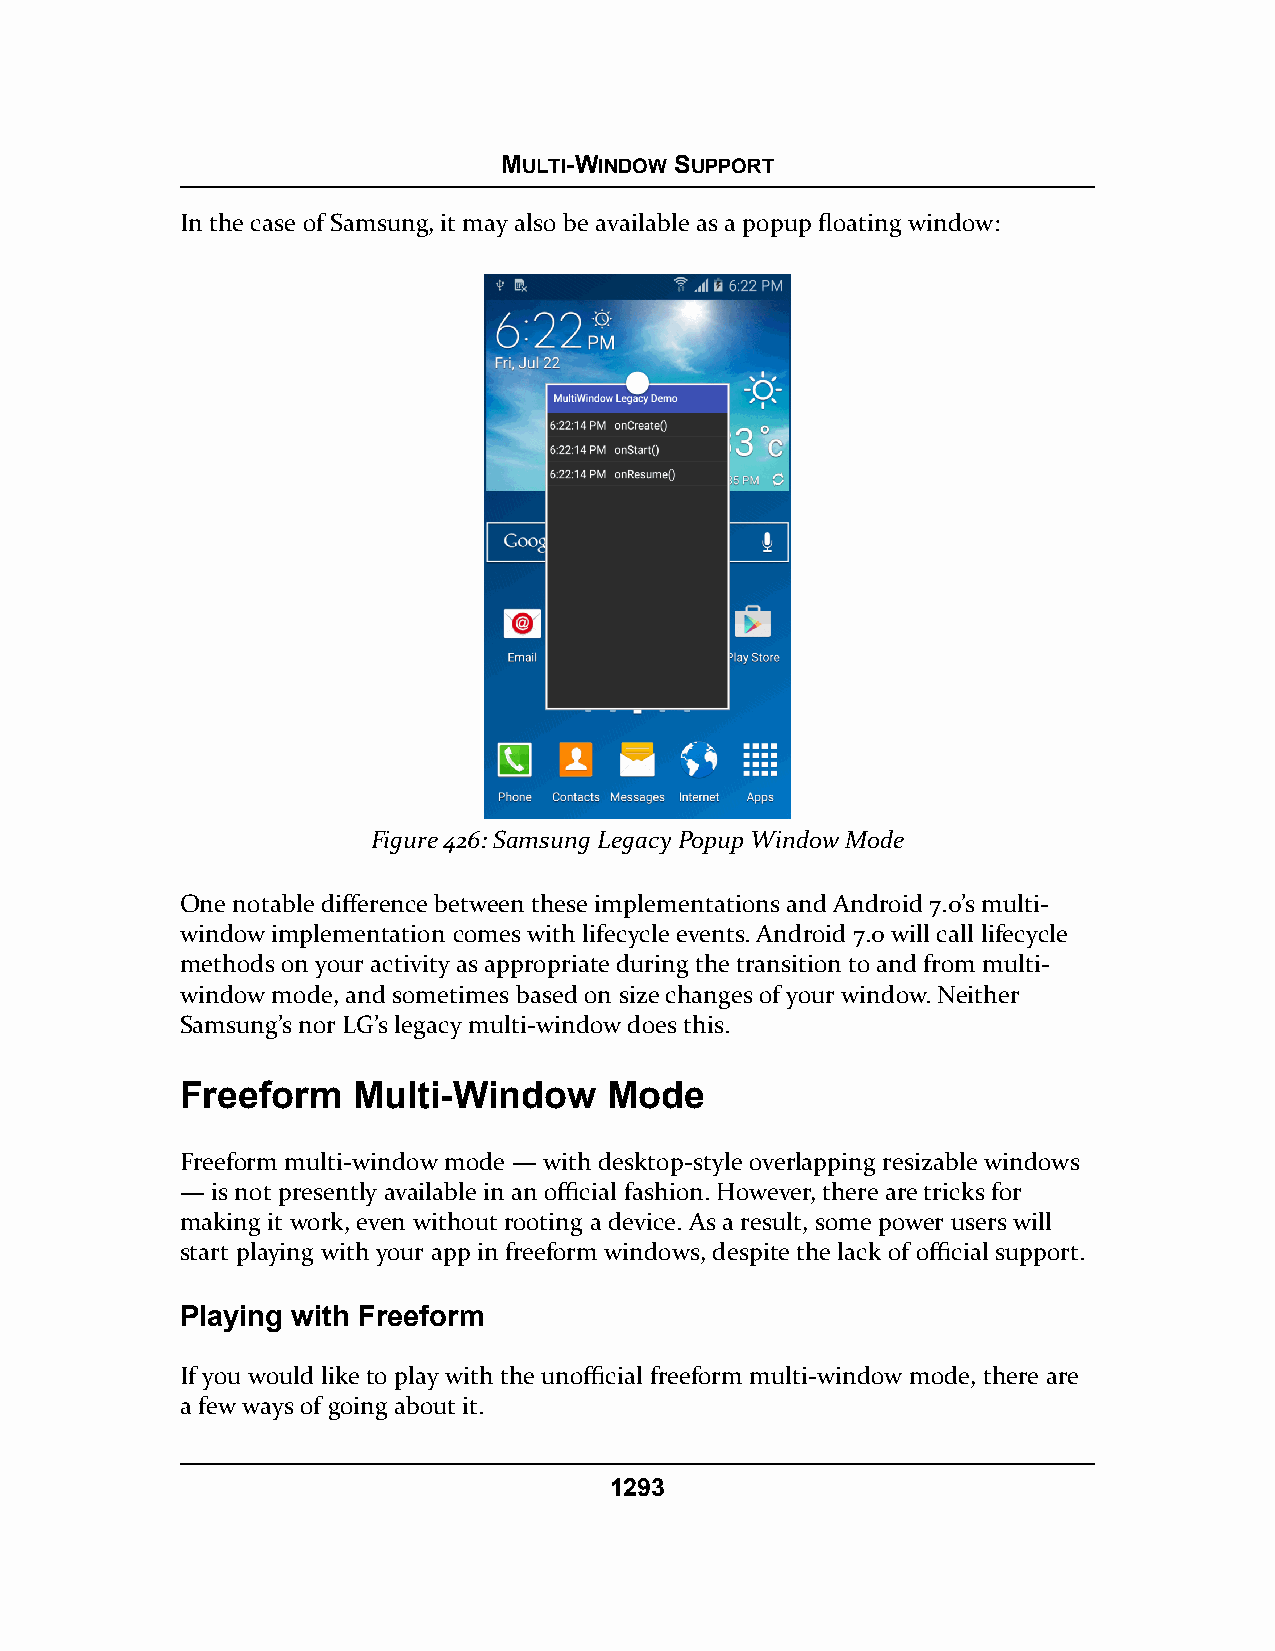
MULTI-WINDOW SUPPORT
 In the case of Samsung, it may also be available as a popup floating window:
 Figure 426: Samsung Legacy Popup Window Mode
 One notable difference between these implementations and Android 7.0’s multi-
 window implementation comes with lifecycle events. Android 7.0 will call lifecycle
 methods on your activity as appropriate during the transition to and from multi-
 window mode, and sometimes based on size changes of your window. Neither
 Samsung’s nor LG’s legacy multi-window does this.
 Freeform   Multi-Window     Mode
 Freeform multi-window mode — with desktop-style overlapping resizable windows
 — is not presently available in an official fashion. However, there are tricks for
 making it work, even without rooting a device. As a result, some power users will
 start playing with your app in freeform windows, despite the lack of official support.
 Playing with Freeform
 If you would like to play with the unofficial freeform multi-window mode, there are
 a few ways of going about it.
 1293